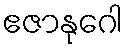
ဧဇာနုဂေါ